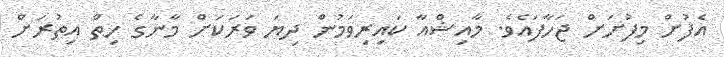
އެފުށް މިފުށަށް ޖަހާފައެވެ. މާއިޝްއާ ކައިރިވަމުން ދިޔަ ވަރަކަށް މާނާގެ ހިތް އިތުރަށް